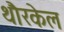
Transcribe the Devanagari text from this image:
थौरकेल